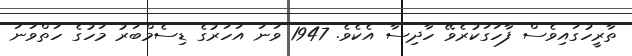
ތާރީހުގައިވެސް ފާހަަގަކުރެވޭ ހާދިސާ އެކެވެ. 1947 ވަނަ އަހަރުގެ ޑިސެމްބަރު މަހުގެ ހަތްވަނަ